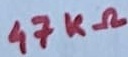
Text: 47KΩ